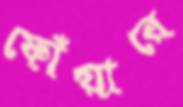
ফোঁয়ারে